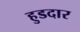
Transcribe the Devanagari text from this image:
हुडदार